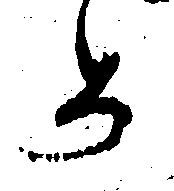
め